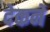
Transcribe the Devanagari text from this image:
देकने